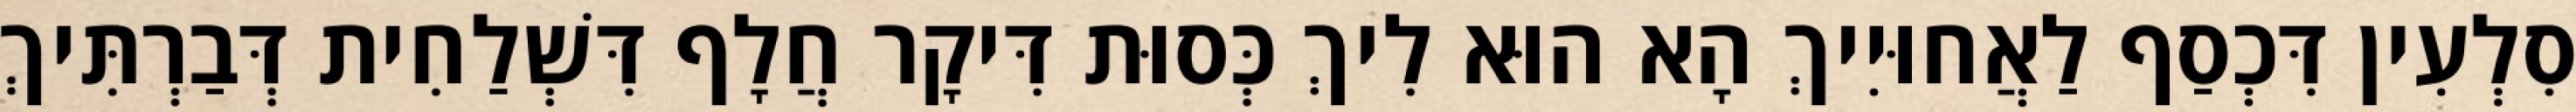
סִלְעִין דִּכְסַף לַאֲחוּיִיךְ הָא הוּא לִיךְ כְּסוּת דִּיקָר חֲלָף דִּשְׁלַחִית דְּבַרְתִּיךְ